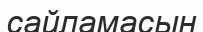
сайламасын